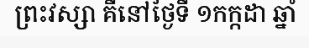
ព្រះវស្សា គឺនៅថ្ងៃទី ១កក្កដា ឆ្នាំ